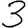
Digit: 3